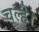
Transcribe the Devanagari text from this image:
चूल्हे।